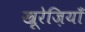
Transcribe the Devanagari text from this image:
खू़रेज़ियाँ